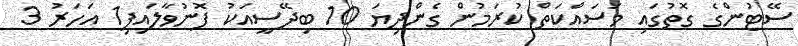
ސޭޓުންގެ ގޮތުގައި މަސައްކަތް ކުރަމުން ގެންދިޔަ 10 ބިދޭސީއަކު ފޮނުވާލައިފި1 އަހަރު 3